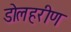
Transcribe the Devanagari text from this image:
डोलहरीण